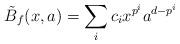
LaTeX: \begin{align*}\tilde{B}_{f}(x,a)=\sum_{i}c_{i}x^{p^{i}}a^{d-p^{i}}\end{align*}